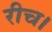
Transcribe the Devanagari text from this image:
रीच।